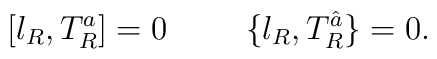
[\l_R,T_R^a]=0\hskip 1cm \{\l_R,T_R^{\hat a}\}=0 .